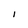
Character: I